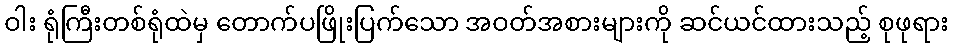
ဝါး ရုံကြီးတစ်ရုံထဲမှ တောက်ပဖြိုးပြက်သော အဝတ်အစားများကို ဆင်ယင်ထားသည့် စုဖုရား